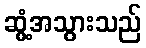
ဆွံ့အသွားသည်